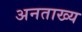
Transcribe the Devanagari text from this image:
अनताख्य